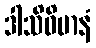
ဒါသိဝိမာနံ